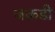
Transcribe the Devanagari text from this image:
जक़डी